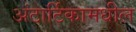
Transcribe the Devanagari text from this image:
अंटार्टिकामधील